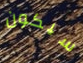
سيكون